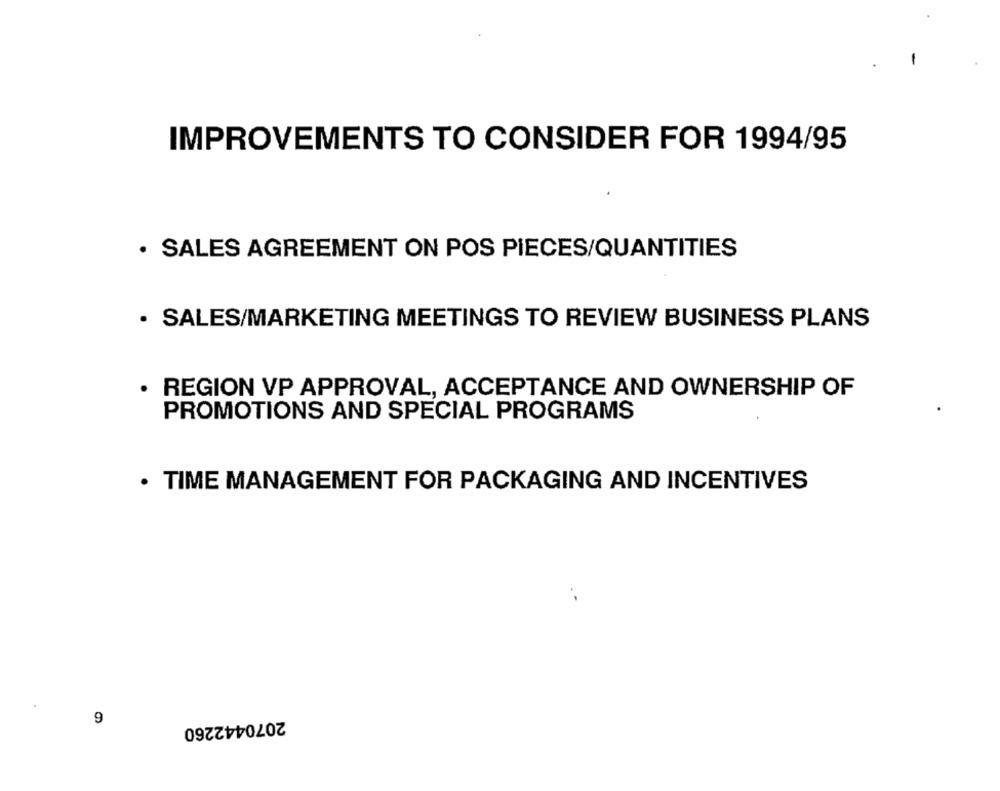
IMPROVEMENTS TO CONSIDER FOR 1994/95
· SALES AGREEMENT ON POS PIECES/QUANTITIES
· SALES/MARKETING MEETINGS TO REVIEW BUSINESS PLANS
· REGION VP APPROVAL, ACCEPTANCE AND OWNERSHIP OF
PROMOTIONS AND SPECIAL PROGRAMS
· TIME MANAGEMENT FOR PACKAGING AND INCENTIVES
9
2070442260